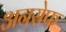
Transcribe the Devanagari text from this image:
अनसेफ